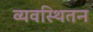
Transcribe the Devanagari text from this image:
व्यवस्थितन